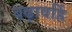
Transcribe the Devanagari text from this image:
बढ़ावहिं